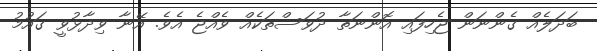
ބަދަލެއް ގެންނަން ޖެހިފައި އޮންނަތާ ދުވަސްތަކެއް ވެއްޖެ އެވެ. އޭނާ ވިދާޅުވީ ގައުމު